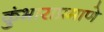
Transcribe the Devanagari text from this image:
कुंभाराप्रमाणे